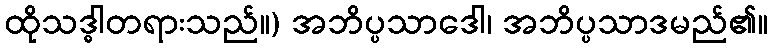
ထိုသဒ္ဓါတရားသည်။) အဘိပ္ပသာဒေါ၊ အဘိပ္ပသာဒမည်၏။